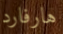
هارفارد